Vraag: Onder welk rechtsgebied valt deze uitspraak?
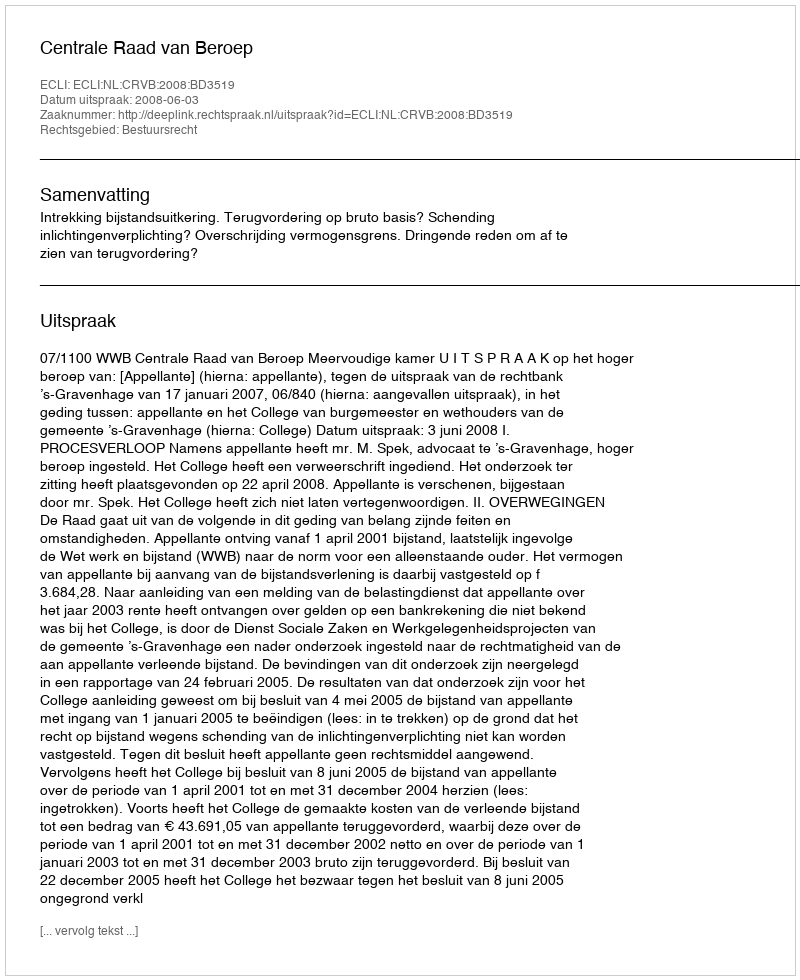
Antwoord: Bestuursrecht